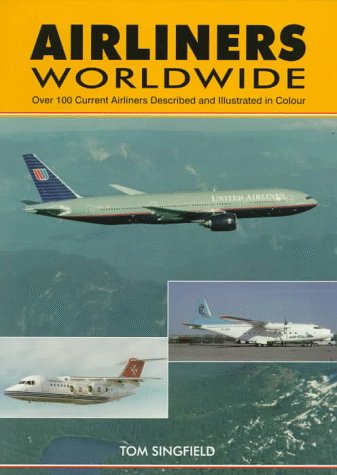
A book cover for Airliners Worldwide: Over 100 Current Airliners Described and Illustrated in Color; Tom Singfield; Arts & Photography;